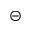
\circleddash